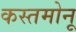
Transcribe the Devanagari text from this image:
कस्तमोनू